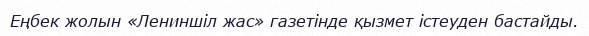
Еңбек жолын «Лениншіл жас» газетінде қызмет істеуден бастайды.